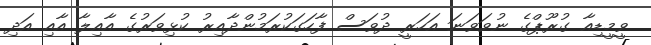
ވީމީޑިއާ ގުރޫޕްގެ ނުވަވަނަ އަހަރީ ދުވަސް ފާހަގަކުރަމުންދާއިރު ކުޅިވަރުގެ އާއިލާ އާއި އަދި